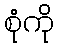
စုံကို